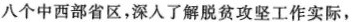
八个中西部省区，深入了解脱贫攻坚工作实际，